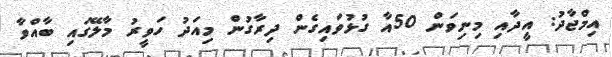
އިމްޖާދު: އީދާއި މިނިވަން 50އާ ގުޅުވައިގެން ދިރާގުން މިއަދު ހަވީރު މާލޭގައި ބާއްވާ